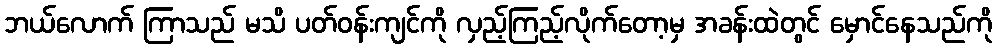
ဘယ်လောက် ကြာသည် မသိ ပတ်ဝန်းကျင်ကို လှည့်ကြည့်လိုက်တော့မှ အခန်းထဲတွင် မှောင်နေသည်ကို